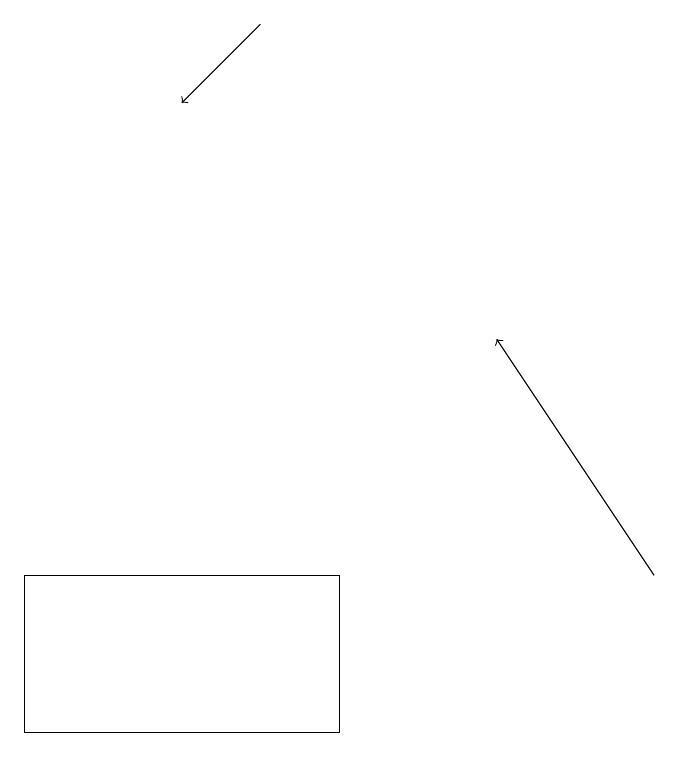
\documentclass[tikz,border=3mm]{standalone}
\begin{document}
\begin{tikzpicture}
\draw[->] (3,19) -- (2,18);
\draw (4,10) rectangle (0,12);
\draw[->] (8,12) -- (6,15);
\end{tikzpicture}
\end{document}